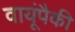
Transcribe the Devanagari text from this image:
वायूंपैकी